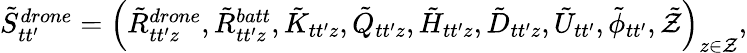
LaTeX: \begin{array}{r}{{\tilde{S}}_{tt^{\prime}}^{drone}=\left(\tilde{R}_{tt^{\prime}z}^{drone},\tilde{R}_{tt^{\prime}z}^{batt},\tilde{K}_{tt^{\prime}z},\tilde{Q}_{tt^{\prime}z},\tilde{H}_{tt^{\prime}z},\tilde{D}_{tt^{\prime}z},\tilde{U}_{tt^{\prime}},\tilde{\phi}_{tt^{\prime}},\tilde{{\cal Z}}\right)_{z\in{\cal Z}},}\end{array}